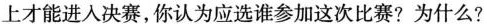
上才能进入决赛，你认为应选谁参加这次比赛?为什么?